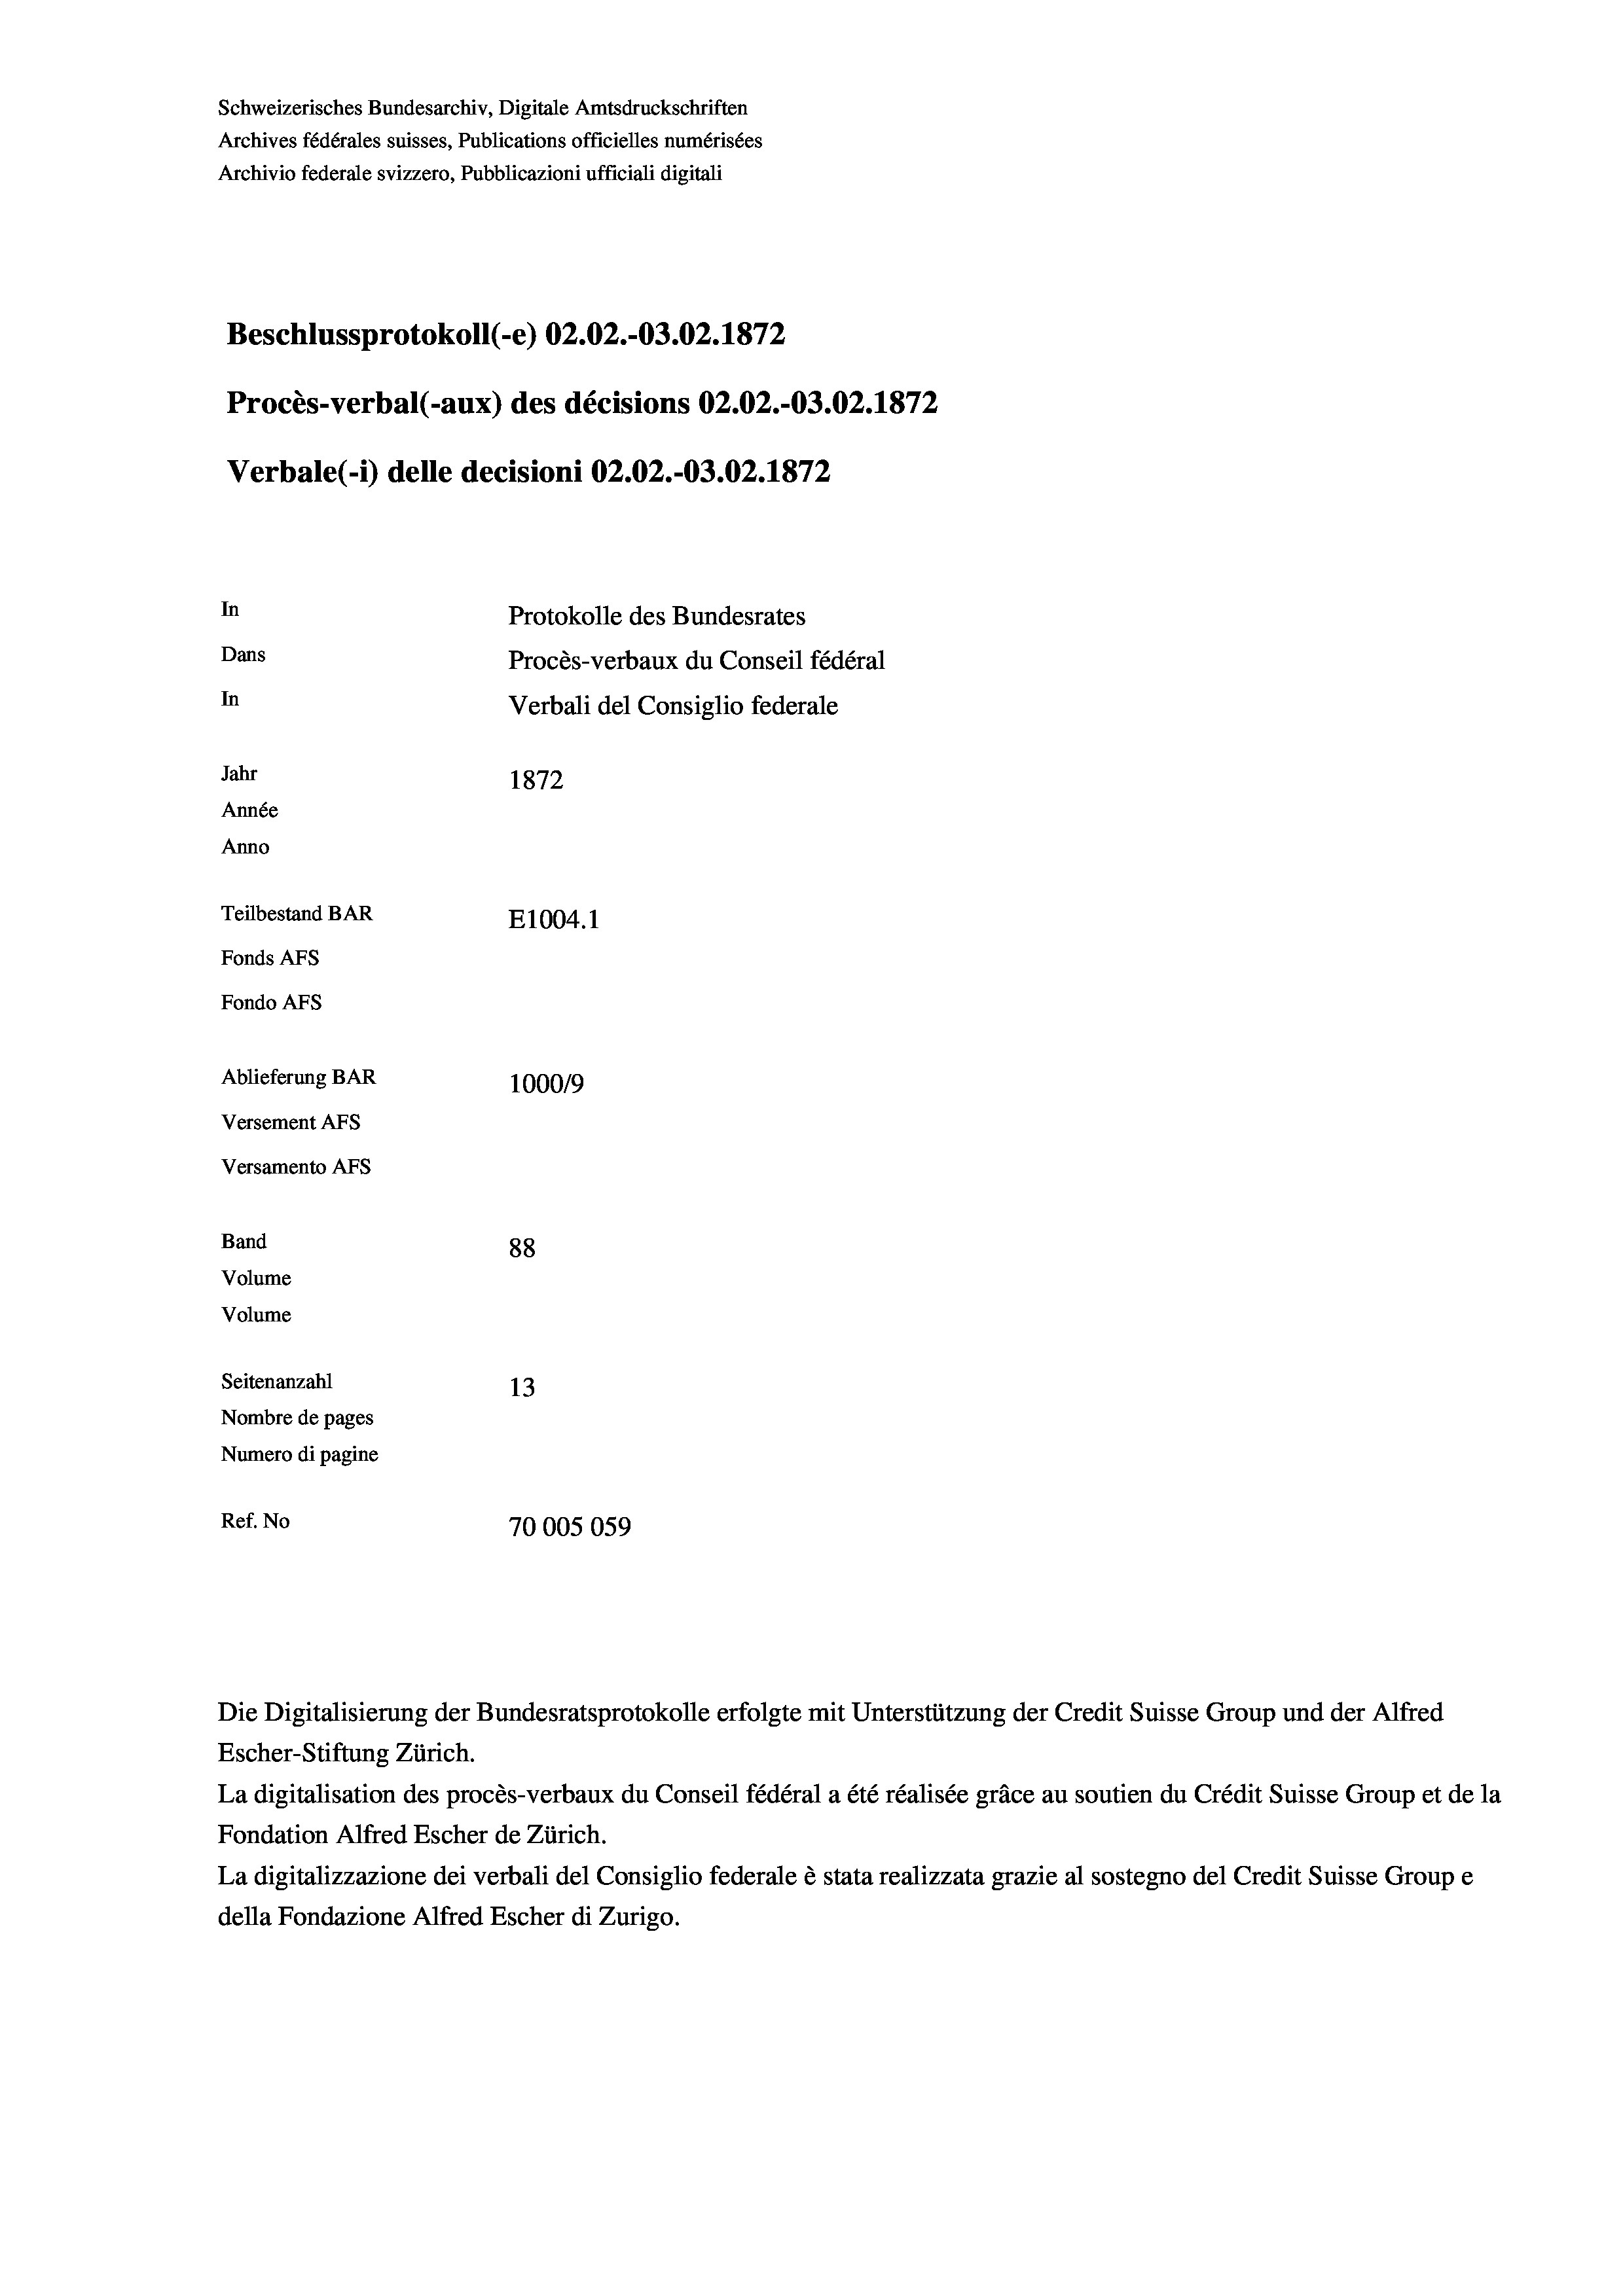
Schweizerisches Bundesarchiv, Digitale Amtsdruckschriften
Archives fédérales suisses, Publications officielles numérisées
Archivio federale svizzero, Pubblicazioni ufficiali digitali
Beschlussprotokoll (-e) 02.02.-03.02. 1872
Procès-verbal (-aux) des décisions 02.02.-03.02. 1872
Verbale (1) delle decisioni 02.02.-O3.02. 1872
In
Protokolle des Bundesrates
Dans
Procès-verbaux du Conseil fédéral
In
Verbali del Consiglio federale
Jahr
1872
Année
Anno
Teilbestand BAR
E1004. 1
Fonds AFs
Fondo AFs
Ablieferung BAR
100019
Versement AFs
Versamento Afs

88
Seitenanzahl
13
Nombre de pages
Numero di pagine
Ref. No
70005059

Band
Volume
Volume

Escher-Stiftung Zürich.
La digitalisation des procès-verbaux du Conseil fédéral a été réalisée gräce au soutien du Crédit Suisse Group et de la
Fondation Alfred Escher de Zürich.
La digitalizzazione dei verbali del Consiglio federale è stata realizzata grazie al sostegno del Credit Suisse Groupe
della Fondazione Alfred Escher di Zurigo.

Die Digitalisierung der Bundesratsprotokolle erfolgte mit Unterstützung der Credit Suisse Group und der Alfred